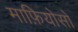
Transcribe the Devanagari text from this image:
माफ़ियोसो